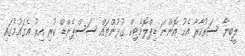
ލީބިޔާ ސަރުކާރާ އެކު އޮންނަ ޑިޕްލޮމެޓިކް ގުޅުންތައް ސަސްޕެންޑް ކުރި އިރު އެގައުމުގައި